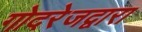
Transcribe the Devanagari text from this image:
गोदरेजद्वारा